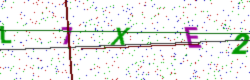
Text: L7XE2